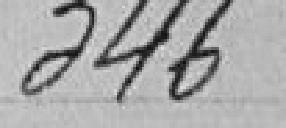
346